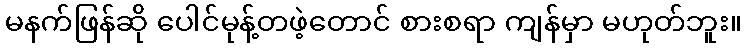
မနက်ဖြန်ဆို ပေါင်မုန့်တဖဲ့တောင် စားစရာ ကျန်မှာ မဟုတ်ဘူး။